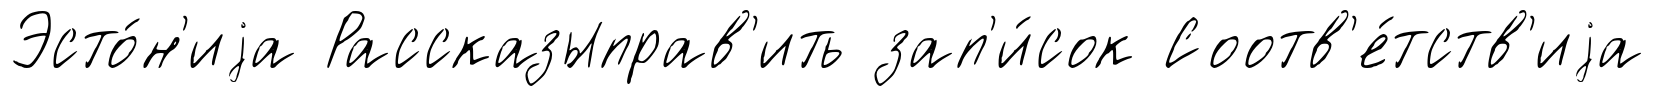
Эсто́н'иjа Рассказыправ'ить зап'и́сок Соотв'е́тств'иjа